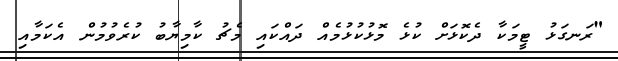
"ރަނގަޅު ޓީމަކާ ދެކޮޅަށް ކުޅެ މޮޅުކުޅުމެއް ދައްކައި މެޗު ކާމިޔާބު ކުރެވުމުން އެކަމާއި